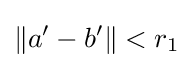
\|a'-b'\|<r_{1}